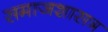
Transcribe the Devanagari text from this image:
समाजशासत्र